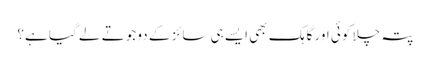
پتہ چلا کوئی اور گاہک بھی ایسے ہی سائز کے دو جوتے لے گیا ہے؟